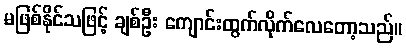
မဖြစ်နိုင်သဖြင့် ချစ်ဦး ကျောင်းထွက်လိုက်လေတော့သည်။